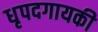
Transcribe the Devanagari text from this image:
धृपदगायकी